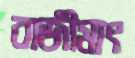
বাজীমাৎ